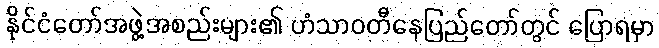
နိုင်ငံတော်အဖွဲ့အစည်းများ၏ ဟံသာဝတီနေပြည်တော်တွင် ပြောရမှာ